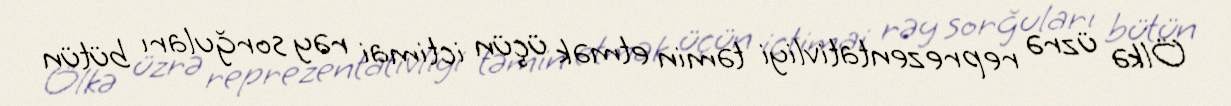
Ölkə üzrə reprezentativliyi təmin etmək üçün ictimai rəy sorğuları bütün